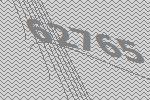
62765